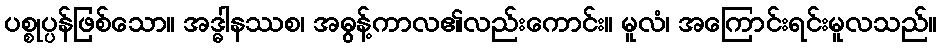
ပစ္စုပ္ပန်ဖြစ်သော။ အဒ္ဓါနဿစ၊ အဓွန့်ကာလ၏လည်းကောင်း။ မူလံ၊ အကြောင်းရင်းမူလသည်။